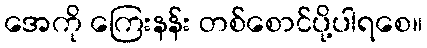
အေကို ကြေးနန်း တစ်စောင်ပို့ပါရစေ။